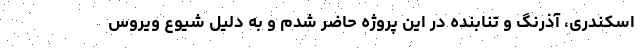
اسکندری، آذرنگ و تنابنده در این پروژه حاضر شدم و به دلیل شیوع ویروس